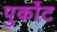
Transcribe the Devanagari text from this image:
पुर्कोट